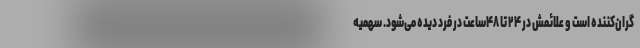
گران‌کننده است و علائمش در ۲۴ تا ۴۸ساعت در فرد دیده می‌شود. سهمیه